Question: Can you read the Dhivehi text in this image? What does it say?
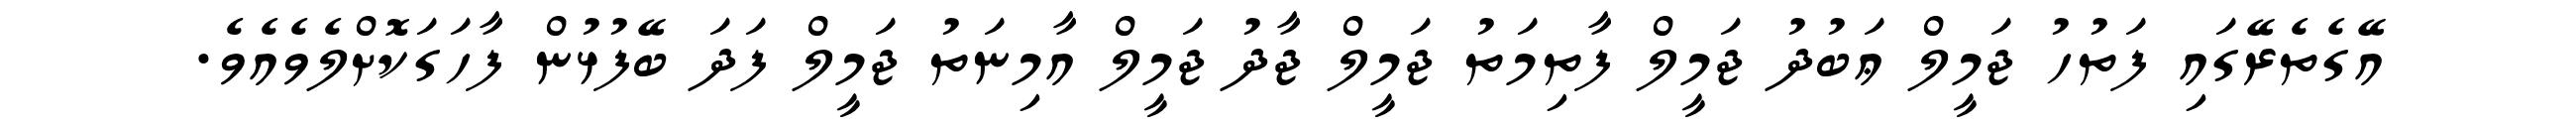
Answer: އޭގެތެރޭގައި ފަތުހު ޖަމީލް ޢަބުދު ޖަމީލް ފާތިމަތު ޖަމީލް ޖާދު ޖަމީލް އާމިނަތު ޖަމީލް ފަދަ ބޭފުޅުން ފާހަގަކޮށްލެވެއެވެ.